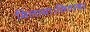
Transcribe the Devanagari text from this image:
मिलाया।सितम्बर